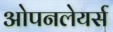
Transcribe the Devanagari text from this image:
ओपनलेयर्स